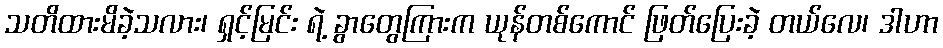
သတိထားမိခဲ့သလား၊ ရှင့်မြင်း ရဲ့ ခွာတွေကြားက ယုန်တစ်ကောင် ဖြတ်ပြေးခဲ့ တယ်လေ၊ ဒါဟာ